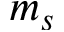
m _ { s }